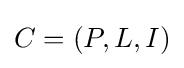
C=(P,L,I)